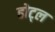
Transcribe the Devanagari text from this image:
होट्ल